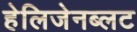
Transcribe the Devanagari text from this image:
हेलिजेनब्लट